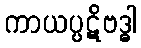
ကာယပ္ပဋိဗဒ္ဓါ